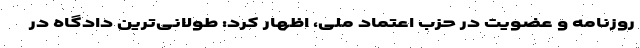
روزنامه و عضویت در حزب اعتماد ملی، اظهار کرد: طولانی‌ترین دادگاه در